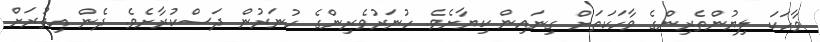
ވާހަކަ ލިޔުންތެރިންގެ ވާހަކަތަށް ގިނައިން ކިޔާށެވެ. ހުނަރުވެރިންގެ ހުނަރުން ދަސްކުރާށެވެ. ދެން އިތުރަށް